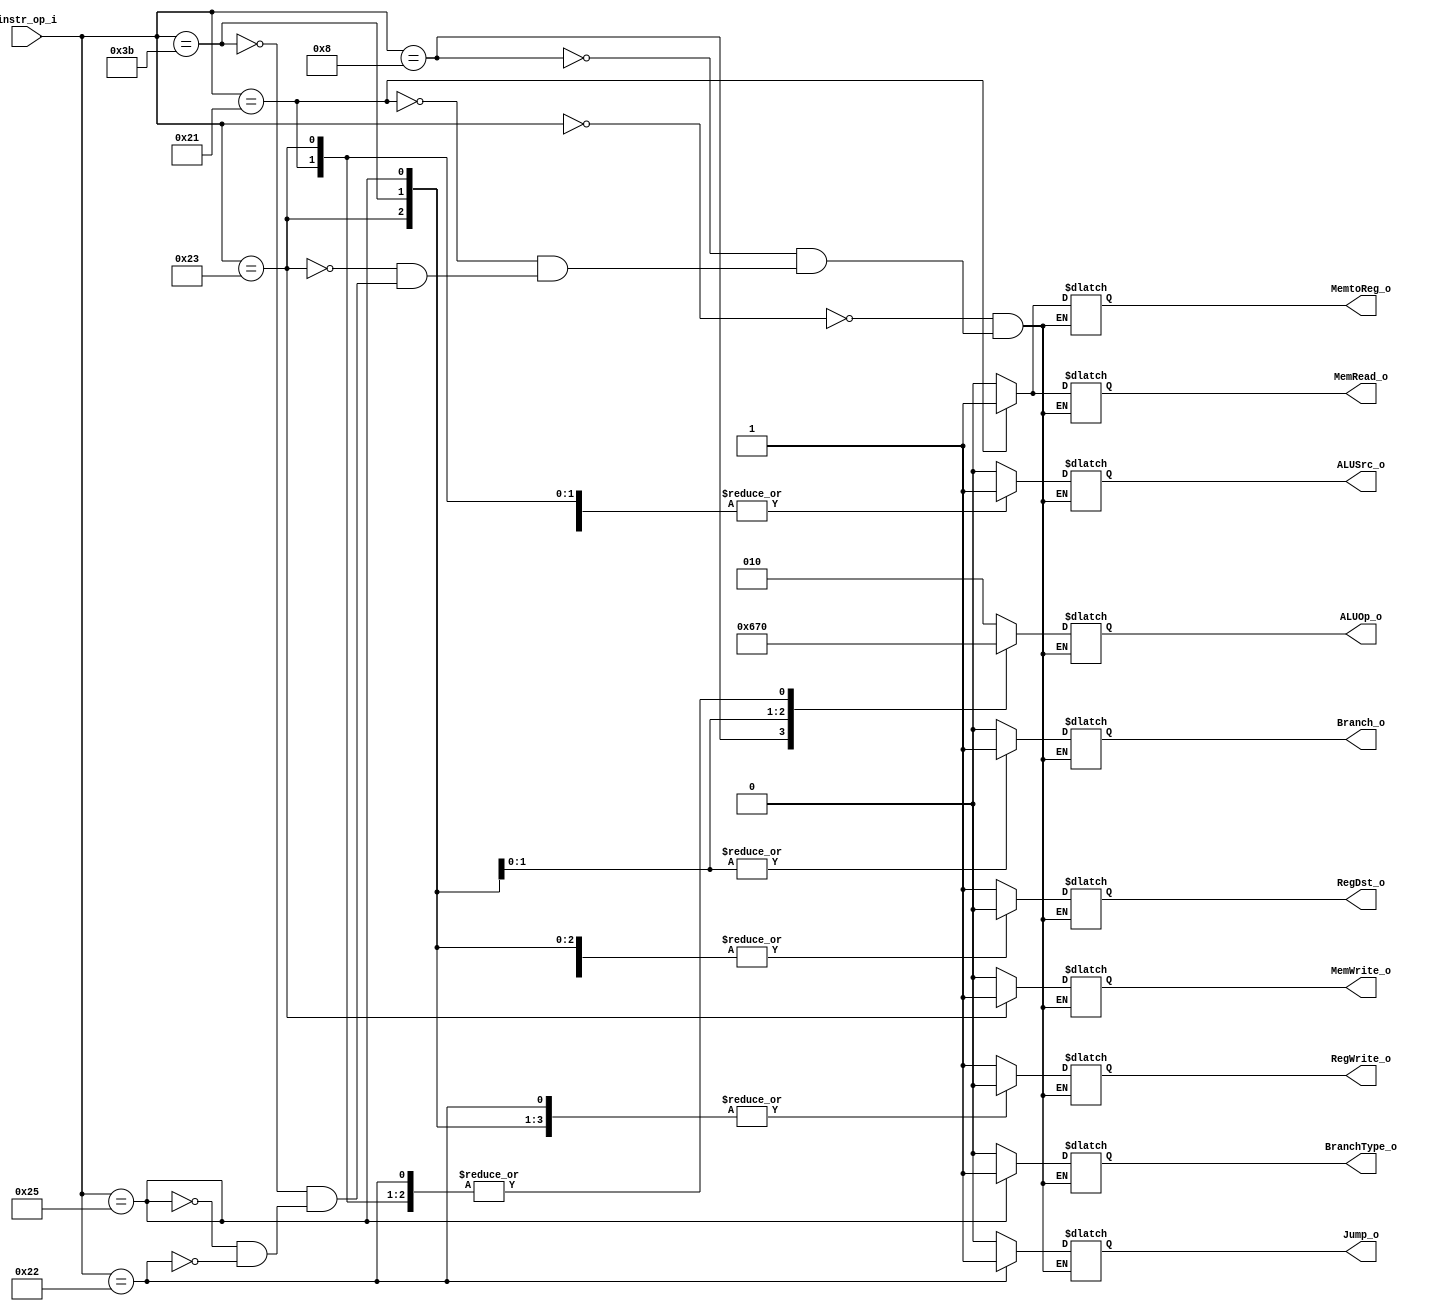
module Decoder( instr_op_i, RegWrite_o,	ALUOp_o, ALUSrc_o, RegDst_o, Jump_o, Branch_o, BranchType_o, MemWrite_o, MemRead_o, MemtoReg_o);
     
//I/O ports
input	[6-1:0] instr_op_i;

output			RegWrite_o;
output	[3-1:0] ALUOp_o;
output			ALUSrc_o;
output	     	RegDst_o, MemtoReg_o;
output			Jump_o, Branch_o, BranchType_o, MemWrite_o, MemRead_o;
 
//Internal Signals
reg	[3-1:0] ALUOp_o;
reg			ALUSrc_o;
reg			RegWrite_o;
reg	    	RegDst_o, MemtoReg_o;
reg			Jump_o, Branch_o, BranchType_o, MemWrite_o, MemRead_o;

//Main function
/*your code here*/
always @(*)
begin
    case(instr_op_i)
        6'b000000:  begin   // R-type
            {ALUOp_o,ALUSrc_o,RegWrite_o,RegDst_o} <= 'b010_0_1_1;
            {MemtoReg_o, MemWrite_o, MemRead_o} <= 'b0_0_0;
            {Jump_o, Branch_o, BranchType_o} <= 'b0_0_0;
        end
        6'b001000:  begin   // addi
            {ALUOp_o,ALUSrc_o,RegWrite_o,RegDst_o} <= 'b011_1_1_0;
            {MemtoReg_o, MemWrite_o, MemRead_o} <= 'b0_0_0;
            {Jump_o, Branch_o, BranchType_o} <= 'b0_0_0;
        end
        6'b100001:  begin   // lw
            {ALUOp_o,ALUSrc_o,RegWrite_o,RegDst_o} <= 'b000_1_1_0;
            {MemtoReg_o, MemWrite_o, MemRead_o} <= 'b1_0_1;
            {Jump_o, Branch_o, BranchType_o} <= 'b0_0_0;
        end
        6'b100011:  begin   // sw
            {ALUOp_o,ALUSrc_o,RegWrite_o,RegDst_o} <= 'b000_1_0_0;
            {MemtoReg_o, MemWrite_o, MemRead_o} <= 'b0_1_0;
            {Jump_o, Branch_o, BranchType_o} <= 'b0_0_0;
        end
        6'b111011:  begin   // beq
            {ALUOp_o,ALUSrc_o,RegWrite_o,RegDst_o} <= 'b001_0_0_0;
            {MemtoReg_o, MemWrite_o, MemRead_o} <= 'b0_0_0;
            {Jump_o, Branch_o, BranchType_o} <= 'b0_1_0;
        end
        6'b100101:  begin   // bne
            {ALUOp_o,ALUSrc_o,RegWrite_o,RegDst_o} <= 'b110_0_0_0;
            {MemtoReg_o, MemWrite_o, MemRead_o} <= 'b0_0_0;
            {Jump_o, Branch_o, BranchType_o} <= 'b0_1_1;
        end
        6'b100010:  begin   // jump
            {ALUOp_o,ALUSrc_o,RegWrite_o,RegDst_o} <= 'b000_0_0_1;
            {MemtoReg_o, MemWrite_o, MemRead_o} <= 'b0_0_0;
            {Jump_o, Branch_o, BranchType_o} <= 'b1_0_0;
        end
    endcase
end
endmodule